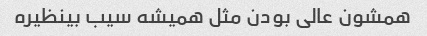
همشون عالی بودن مثل همیشه سیب بینظیره